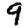
Digit: 9